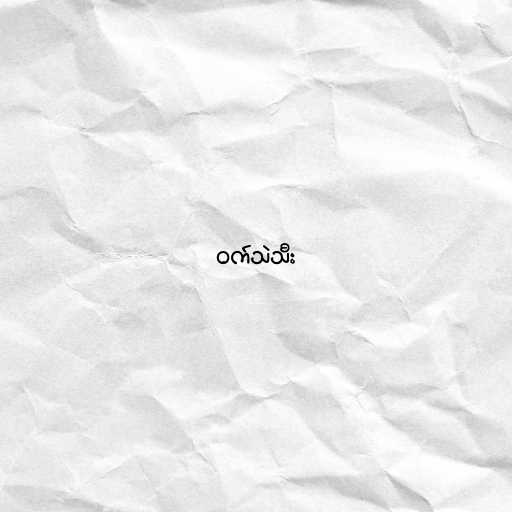
ဝက်သဲသီး